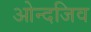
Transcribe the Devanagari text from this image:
ओन्दजिव